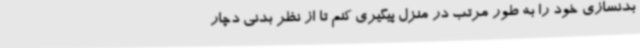
بدنسازی خود را به طور مرتب در منزل پیگیری کنم تا از نظر بدنی دچار